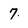
Character: 7